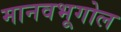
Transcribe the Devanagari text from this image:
मानवभूगोल